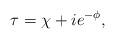
LaTeX: \begin{align*}\tau = \chi + i e^{-\phi},\end{align*}